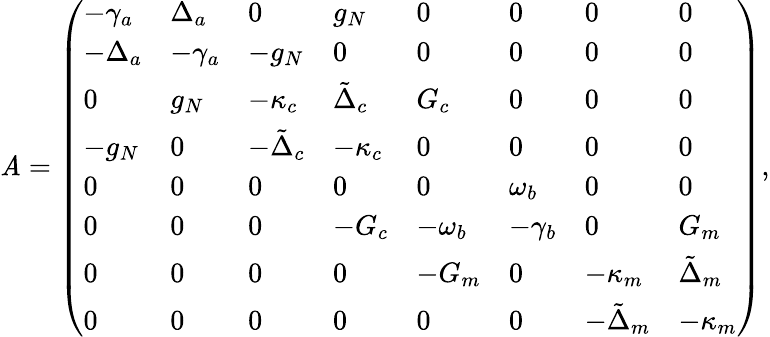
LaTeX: \mathit{A}=\left(\begin{array}{llllllll}{-\gamma_{a}}&{\Delta_{a}}&{0}&{g_{N}}&{0}&{0}&{0}&{0}\\ {-\Delta_{a}}&{-\gamma_{a}}&{-g_{N}}&{0}&{0}&{0}&{0}&{0}\\ {0}&{g_{N}}&{-\kappa_{c}}&{\tilde{\Delta}_{c}}&{G_{c}}&{0}&{0}&{0}\\ {-g_{N}}&{0}&{-\tilde{\Delta}_{c}}&{-\kappa_{c}}&{0}&{0}&{0}&{0}\\ {0}&{0}&{0}&{0}&{0}&{\omega_{b}}&{0}&{0}\\ {0}&{0}&{0}&{-G_{c}}&{-\omega_{b}}&{-\gamma_{b}}&{0}&{G_{m}}\\ {0}&{0}&{0}&{0}&{-G_{m}}&{0}&{-\kappa_{m}}&{\tilde{\Delta}_{m}}\\ {0}&{0}&{0}&{0}&{0}&{0}&{-\tilde{\Delta}_{m}}&{-\kappa_{m}}\end{array}\right),